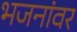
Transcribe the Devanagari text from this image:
भजनांवर